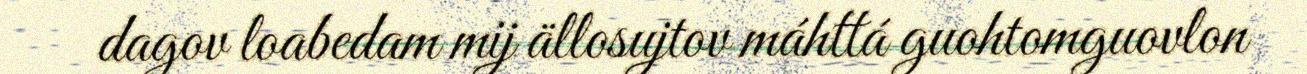
dagov loabedam mij ällosujtov máhttá guohtomguovlon